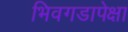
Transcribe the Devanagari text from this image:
भिवगडापेक्षा